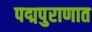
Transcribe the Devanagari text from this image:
पद्मपुराणात